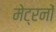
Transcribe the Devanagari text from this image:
मेट्रनों